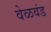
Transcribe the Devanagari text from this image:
वेळवंड